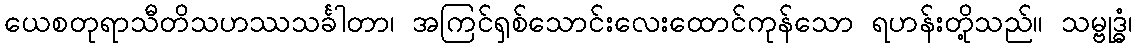
ယေစတုရာသီတိသဟဿသင်္ခါတာ၊ အကြင်ရှစ်သောင်းလေးထောင်ကုန်သော ရဟန်းတို့သည်။ သမ္ဗုဒ္ဓံ၊